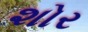
શોર